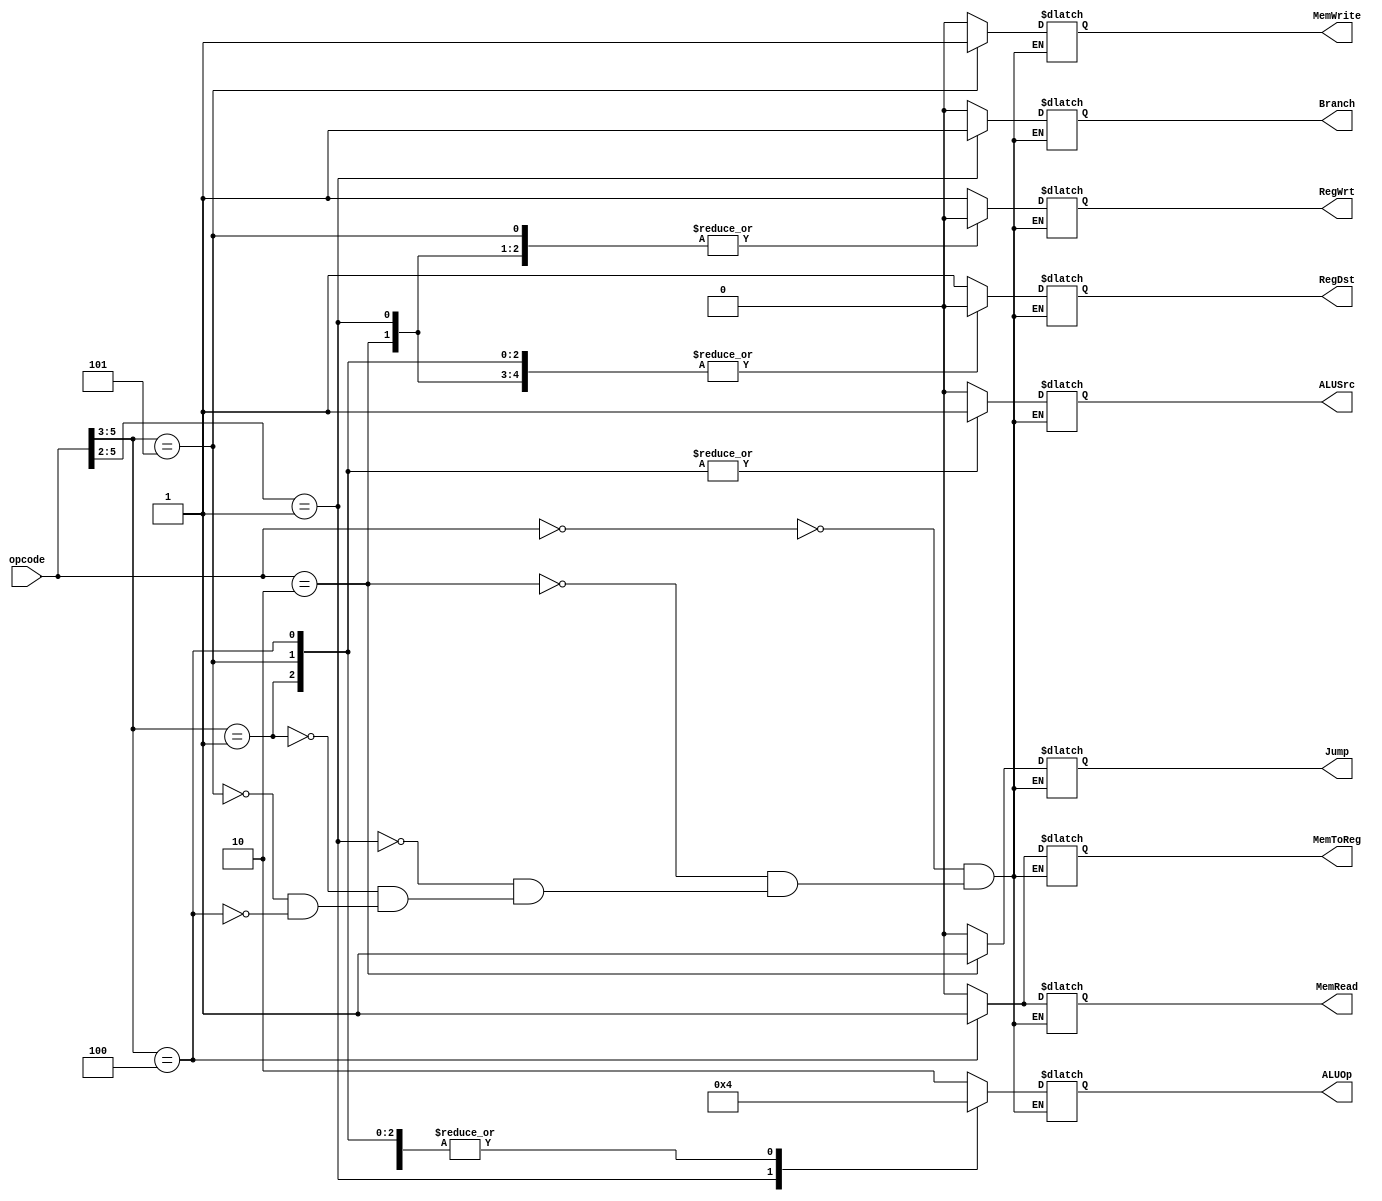
/////////////////////////////////////////////////////////////////////////////////////////////////////////////
//  Control unit for my MIPS32_PPL implementation
//  
//
//  Written    : 05 Mar 2019
//
/////////////////////////////////////////////////////////////////////////////////////////////////////////////

module control_unit(
    opcode,
    RegDst,
    Branch,
    MemRead,
    MemToReg,
    MemWrite,
    ALUSrc,
    RegWrt,
    ALUOp,
  	Jump
);

    input           [5:0]   opcode;

    output reg              RegDst;
    output reg              Branch;
    output reg              MemRead;
    output reg              MemToReg;
    output reg              MemWrite;
    output reg              ALUSrc;
    output reg              RegWrt;
    output reg      [1:0]   ALUOp;
  	output reg				Jump;

    always @ *
    begin
        casex(opcode)
            6'b000000   :   begin
                RegDst      = 1'b1;
                ALUSrc      = 1'b0;
                MemToReg    = 1'b0;
                RegWrt      = 1'b1;
                MemRead     = 1'b0;
                MemWrite    = 1'b0;
                Branch      = 1'b0;
                ALUOp       = 2'b10;
                Jump		= 1'b0;
            end
          	6'b000010   :   begin
                RegDst      = 1'b0;
                ALUSrc      = 1'b0;
                MemToReg    = 1'b0;
                RegWrt      = 1'b0;
                MemRead     = 1'b0;
                MemWrite    = 1'b0;
                Branch      = 1'b0;
                ALUOp       = 2'b00;
                Jump		= 1'b1;
            end
          	6'b0001xx   :   begin
                RegDst      = 1'b0;
                ALUSrc      = 1'b0;
                MemToReg    = 1'b0;
                RegWrt      = 1'b0;
                MemRead     = 1'b0;
                MemWrite    = 1'b0;
                Branch      = 1'b1;
                ALUOp       = 2'b01;
                Jump		= 1'b0;
            end
            6'b001xxx   :   begin
                RegDst      = 1'b0;
                ALUSrc      = 1'b1;
                MemToReg    = 1'b0;
                RegWrt      = 1'b1;
                MemRead     = 1'b0;
                MemWrite    = 1'b0;
                Branch      = 1'b0;
                ALUOp       = 2'b00;
              	Jump		= 1'b0;
            end
         	6'b101xxx   :   begin
                RegDst      = 1'b0;
                ALUSrc      = 1'b1;
                MemToReg    = 1'b0;
                RegWrt      = 1'b0;
                MemRead     = 1'b0;
                MemWrite    = 1'b1;
                Branch      = 1'b0;
                ALUOp       = 2'b00;
              	Jump		= 1'b0;
            end
          	6'b100xxx   :   begin
                RegDst      = 1'b0;
                ALUSrc      = 1'b1;
                MemToReg    = 1'b1;
                RegWrt      = 1'b1;
                MemRead     = 1'b1;
                MemWrite    = 1'b0;
                Branch      = 1'b0;
                ALUOp       = 2'b00;
              	Jump		= 1'b0;
            end
        endcase
    end

endmodule